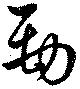
勁